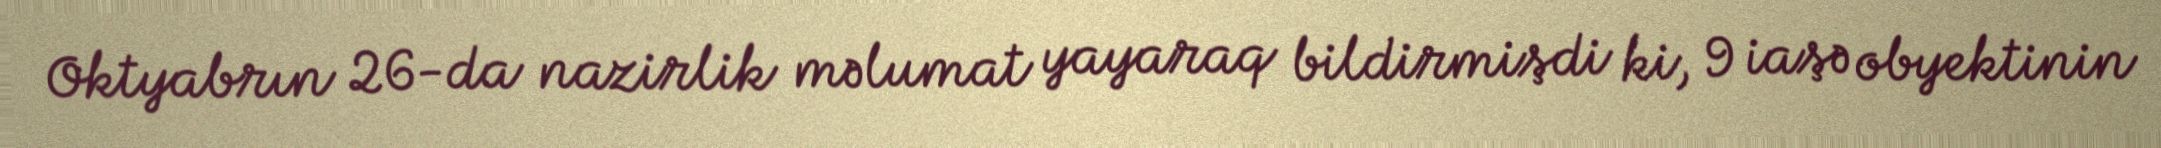
Oktyabrın 26-da nazirlik məlumat yayaraq bildirmişdi ki, 9 iaşə obyektinin